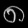
Digit: ၈